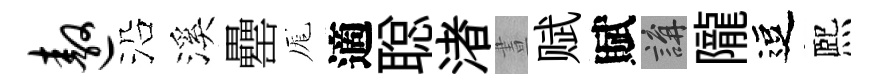
遨沿溪罍厖適聪渚晝赋賦講隴逗熈